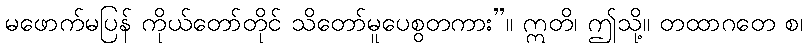
မဖောက်မပြန် ကိုယ်တော်တိုင် သိတော်မူပေစွတကား”။ ဣတိ၊ ဤသို့။ တထာဂတေ စ၊